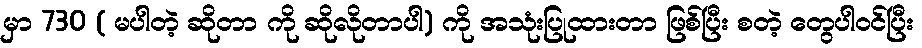
မှာ 730 ( မပါတဲ့ ဆိုတာ ကို ဆိုလိုတာပါ) ကို အသုံးပြုထားတာ ဖြစ်ပြီး စတဲ့ တွေပါဝင်ပြီး